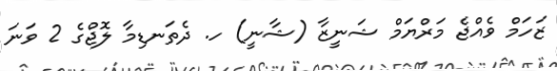
ޒަހަމް ވެއްޖެ މަރްޔަމް ޝަނީޒާ (ޝާނީ) ހ. ދެތަނޑިމާ ލޮޖްގެ 2 ވަނަ